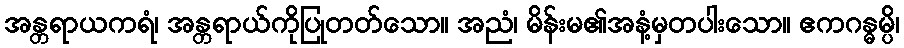
အန္တရာယကရံ၊ အန္တရာယ်ကိုပြုတတ်သော။ အညံ၊ မိန်းမ၏အနံ့မှတပါးသော။ ဧကဂန္ဓမ္ပိ၊